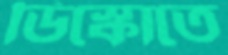
ডিস্কোতে